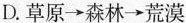
D.草原\rightarrow森林\rightarrow荒漠